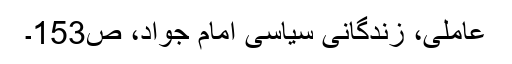
عاملی، زندگانی سیاسی امام جواد، ص153۔